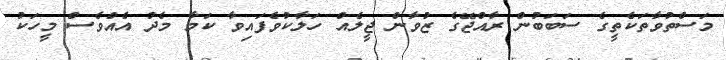
މަސްތުވާތަކެތީގެ ސަބަބުން ރާއްޖޭގެ ޒުވާން ޖީލެއް ހަލާކުވެފައިވާ ކަމާ މެދު އެއްވެސް މީހަކު